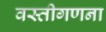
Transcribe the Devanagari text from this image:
वस्तीगणना